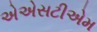
એએસટીએમ